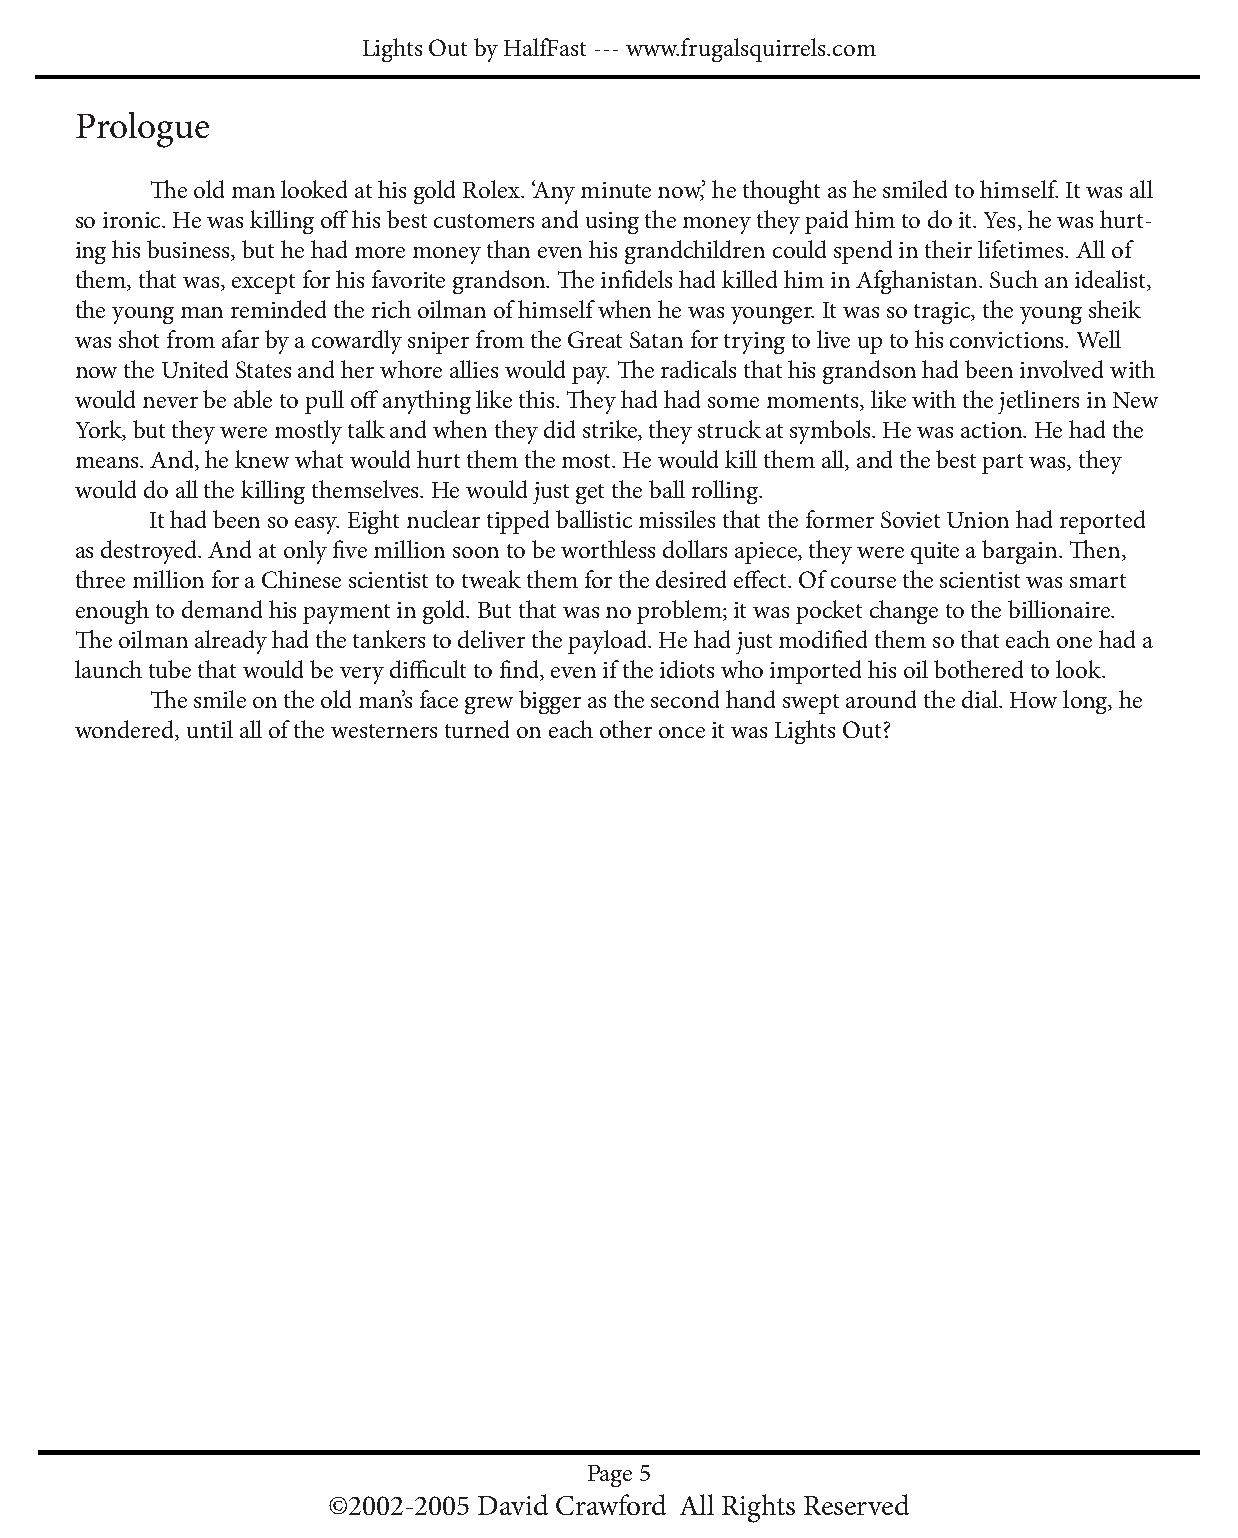
Lights Out by HalfFast --- www.frugalsquirrels.com
 Prologue
 TheoldmanlookedathisgoldRolex.‘Anyminutenow,’hethoughtashesmiledtohimself.Itwasall
 so ironic. He was killing offhisbestcustomersandusingthemoneytheypaidhimtodoit.Yes,hewashurt-
 ing his business, but he had more money than even his grandchildren could spend in their lifetimes. All of
 them, that was, except for his favorite grandson. TheinfidelshadkilledhiminAfghanistan.Suchanidealist,
 the young man reminded the rich oilman of himself when he was younger. It was so tragic, the young sheik
 was shot from afar by a cowardly sniper from the Great Satan for trying to live up to his convictions. Well
 now the United States and her whore allies would pay. Theradicalsthathisgrandsonhadbeeninvolvedwith
 would never be able to pull offanythinglikethis.Theyhadhadsomemoments,likewiththejetlinersinNew
 York, but they were mostly talk and when they did strike, they struck at symbols. He was action. He had the
 means. And, he knew what would hurt them the most. He would kill them all, and the best part was, they
 would do all the killing themselves. He would just get the ball rolling.
 It had been so easy. Eight nuclear tipped ballistic missiles that the former Soviet Union had reported
 as destroyed. And at only fivemillionsoontobeworthlessdollarsapiece,theywerequiteabargain.Then,
 three million for a Chinese scientist to tweak them for the desired effect.Ofcoursethescientistwassmart
 enough to demand his payment in gold. But that was no problem; it was pocket change to the billionaire.
 Theoilmanalreadyhadthetankerstodeliverthepayload.Hehadjustmodifiedthemsothateachonehada
 launch tube that would be very difficulttofind,evenif theidiotswhoimportedhisoilbotheredto look.
 Thesmileontheoldman’sfacegrewbiggerasthesecondhandsweptaroundthedial.Howlong,he
 wondered, until all of the westerners turned on each other once it was Lights Out?
 Page 5
 ©2002-2005 David Crawford All Rights Reserved